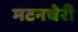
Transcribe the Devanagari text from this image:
मटनचेरी